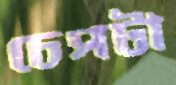
চেপটা